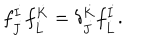
f _ { \dot { J } } ^ { \dot { I } } f _ { \dot { L } } ^ { \dot { K } } = \delta _ { \dot { J } } ^ { \dot { K } } f _ { \dot { L } } ^ { \dot { I } } .